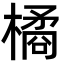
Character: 橘